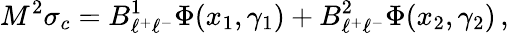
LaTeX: M^{2}\sigma_{c}=B_{\ell^{+}\ell^{-}}^{1}\Phi(x_{1},\gamma_{1})+B_{\ell^{+}\ell^{-}}^{2}\Phi(x_{2},\gamma_{2})\, ,